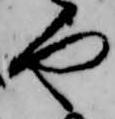
や